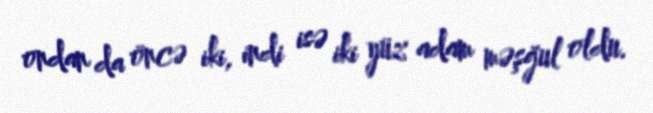
ondan da öncə iki, indi isə iki yüz adam məşğul oldu.